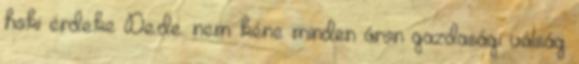
hoki érdeke De.de. nem kéne minden áron gazdasági válság